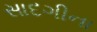
સાદગીના